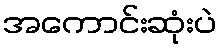
အကောင်းဆုံးပဲ